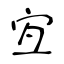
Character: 宐